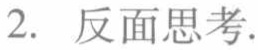
2. 反面思考.